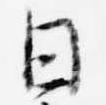
日